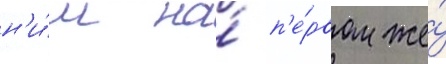
н'и́м на́ п'е́рвом же́